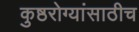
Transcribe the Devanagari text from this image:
कुष्ठरोग्यांसाठीच